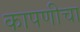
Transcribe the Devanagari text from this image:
कापणीचा